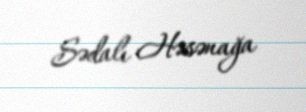
Sədalı Həsənağa